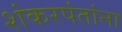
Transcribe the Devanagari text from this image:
शंकरपंतांना